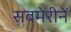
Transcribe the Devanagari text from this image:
सबमेरीनें